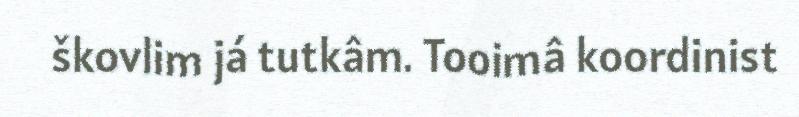
škovlim já tutkâm. Tooimâ koordinist